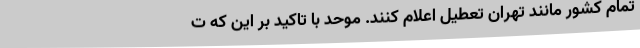
تمام کشور مانند تهران تعطیل اعلام کنند. موحد با تاکید بر این که ت